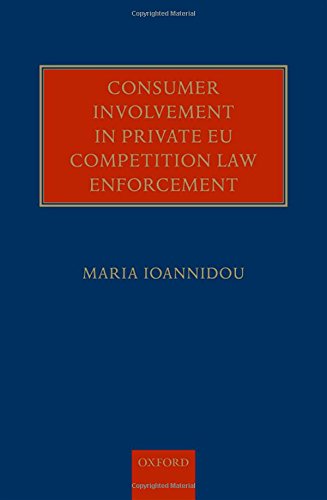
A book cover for Consumer Involvement in Private EU Competition Law Enforcement; Maria Ioannidou; Law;